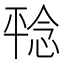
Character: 𪪆